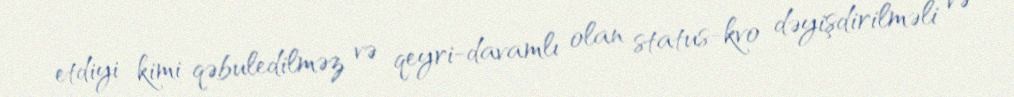
etdiyi kimi qəbuledilməz və qeyri-davamlı olan status-kvo dəyişdirilməli və